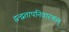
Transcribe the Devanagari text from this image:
द्वन्द्वतापनिवारकम्